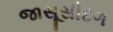
જાસૂસીદળ